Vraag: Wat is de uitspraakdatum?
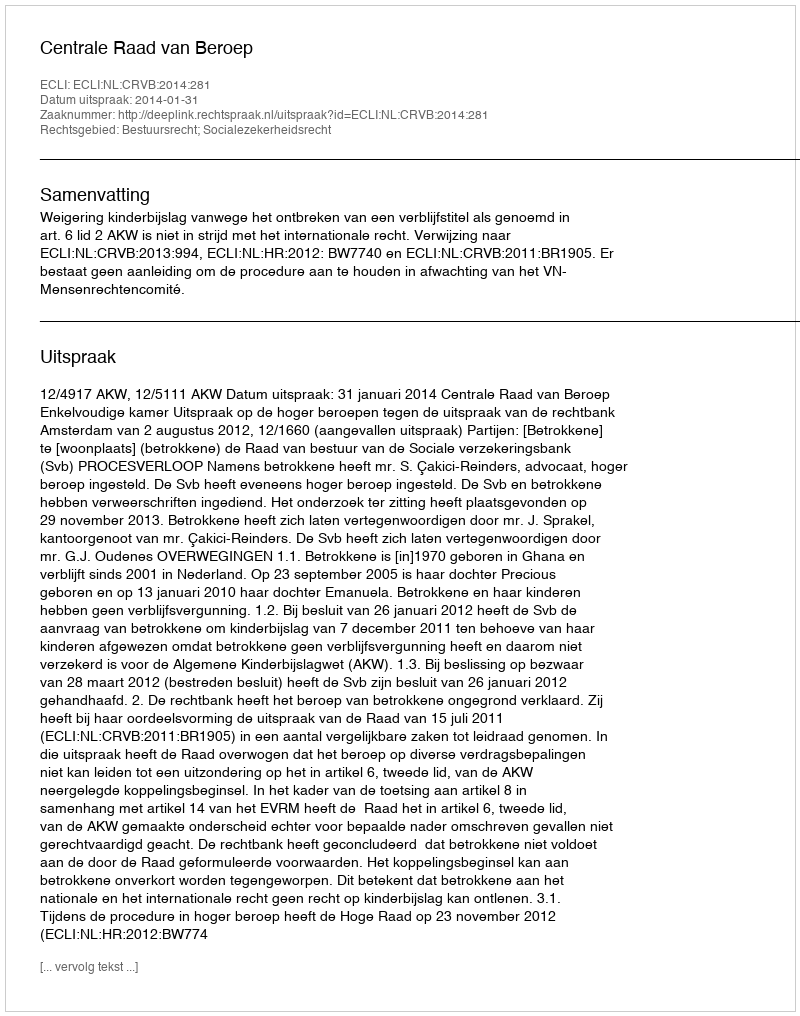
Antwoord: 2014-01-31